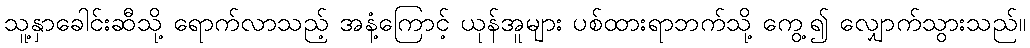
သူ့နှာခေါင်းဆီသို့ ရောက်လာသည့် အနံ့ကြောင့် ယုန်အူများ ပစ်ထားရာဘက်သို့ ကွေ့၍ လျှောက်သွားသည်။